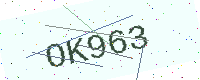
Text: OK963